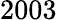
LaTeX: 2003